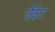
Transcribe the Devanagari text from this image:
जैकैट